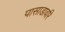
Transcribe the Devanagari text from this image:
पासाडावरि